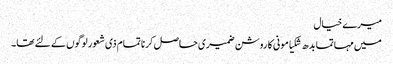
میرے خیال
میں مہاتما بدھ شکیامونی کا روشن ضمیری حاصل کرنا تمام ذی شعور لوگوں کے لئے تھا۔